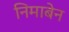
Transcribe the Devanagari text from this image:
निमाबेन